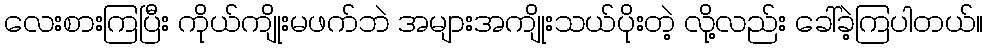
လေးစားကြပြီး ကိုယ်ကျိုးမဖက်ဘဲ အများအကျိုးသယ်ပိုးတဲ့ လို့လည်း ခေါ်ခဲ့ကြပါတယ်။